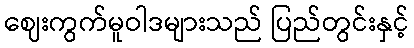
ဈေးကွက်မူဝါဒများသည် ပြည်တွင်းနှင့်